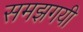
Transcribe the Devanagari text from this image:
समझगयी